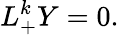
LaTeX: L_{+}^{k}Y=0.